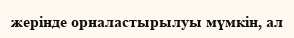
жерінде орналастырылуы мүмкін, ал